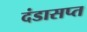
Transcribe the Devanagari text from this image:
दंडासप्त